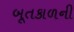
બૂતકાળની